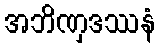
အဘိဏှဒဿနံ